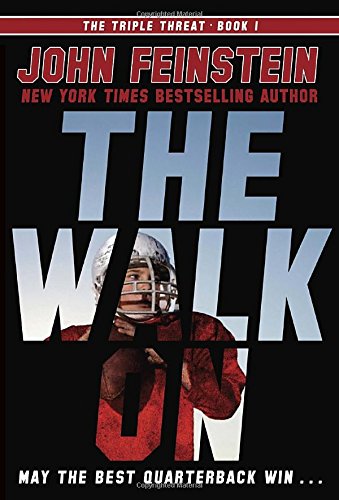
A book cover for The Walk On (The Triple Threat, 1); John Feinstein; Children's Books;